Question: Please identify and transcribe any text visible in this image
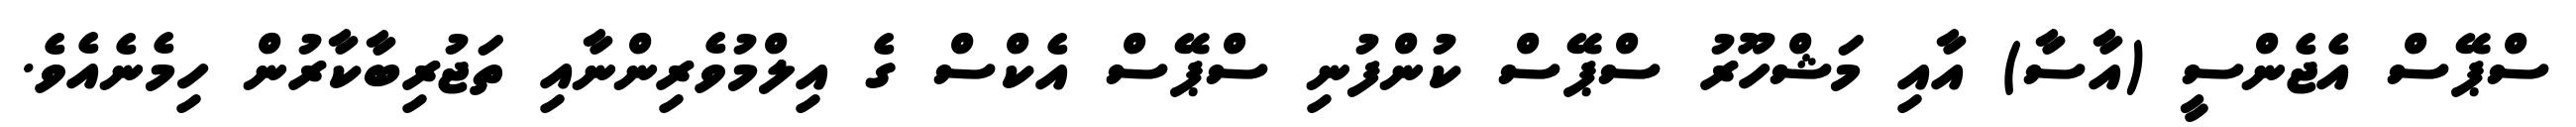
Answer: ސްޕޭސް އެޖެންސީ (އާސާ) އާއި މަޝްހޫރު ސްޕޭސް ކުންފުނި ސްޕޭސް އެކްސް ގެ އިލްމުވެރިންނާއި ތަޖުރިބާކާރުން ހިމެނެއެވެ.